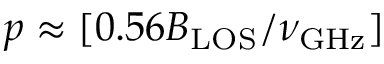
p \approx [ 0 . 5 6 B _ { \mathrm { L O S } } / \nu _ { \mathrm { G H z } } ]